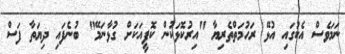
ނަމަވެސް އެކުގައި އުޅޭ ރަހުމަތްތެރިޔާ "އިރުކޮޅަކުން ކޮފީއަކަށް ގުޅާނަމޭ" ބުނެފައި ދިޔަތާ ފަސް